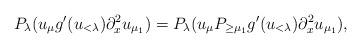
LaTeX: \begin{align*}P_{\lambda} (u_\mu g'(u_{<\lambda}) \partial_x^2 u_{ \mu_1})= P_{\lambda} (u_\mu P_{\geq \mu_1} g'(u_{<\lambda}) \partial_x^2 u_{ \mu_1}),\end{align*}